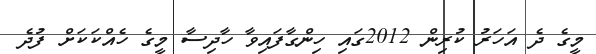
މީގެ ދެ އަހަރު ކުރިން 2012ގައި ހިންގާފައިވާ ހާދިސާ މީގެ ހެއްކަކަށް ފުދެ